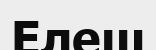
Елеш